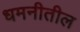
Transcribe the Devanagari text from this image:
धमनीतील